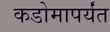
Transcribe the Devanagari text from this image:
कडोमापर्यंत